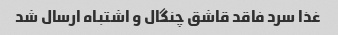
غذا سرد فاقد قاشق چنگال و اشتباه ارسال شد